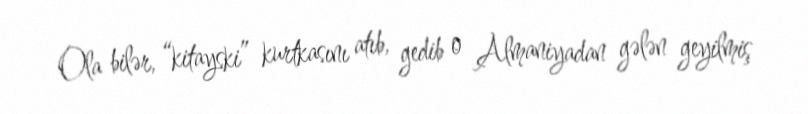
Ola bilər, “kitayski” kurtkasını atıb, gedib o Almaniyadan gələn geyilmiş